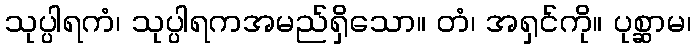
သုပ္ပါရကံ၊ သုပ္ပါရကအမည်ရှိသော။ တံ၊ အရှင်ကို။ ပုစ္ဆာမ၊